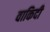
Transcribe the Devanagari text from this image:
वाकिदी